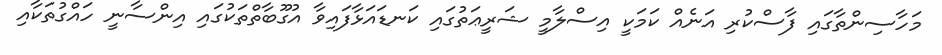
މަހާސިންތާގައި ފާސްކުރި އަނެއް ކަމަކީ އިސްލާމީ ޝަރީޢަތުގައި ކަނޑައަޅާފައިވާ އުގޫބާތްތަކުގައި އިންސާނީ ހައްގުތަކާއި